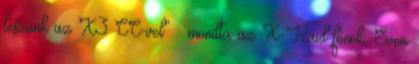
leszünk az X3 CC-vel” – mondta az X-Raid-főnök, Sven